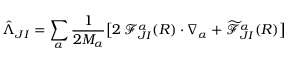
\hat { \Lambda } _ { J I } = \sum _ { \alpha } \frac { 1 } { 2 M _ { \alpha } } \big [ 2 \, \mathcal { F } _ { J I } ^ { \alpha } ( R ) \cdot \nabla _ { \alpha } + \widetilde { \mathcal { F } } _ { J I } ^ { \alpha } ( R ) \big ]